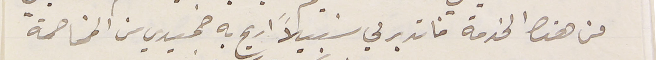
من هذه الخدمة فاتدبر لي سَبيلاً اريح به ضميري من المخاصمة